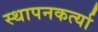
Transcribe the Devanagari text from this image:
स्थापनकर्त्या